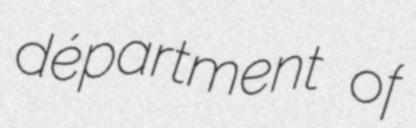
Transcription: départment of